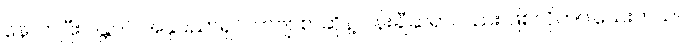
နောက်ပြီး ဂန္တဝင် အနုပညာရှင်၊ ကဗျာစာဆိုနဲ့ ပန်းချီဆရာလည်း ဖြစ်လိုက်ပါသေးတယ်။